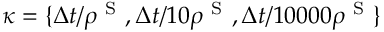
\kappa = \{ \Delta t / \rho ^ { \mathrm { ~ S ~ } } , \Delta t / 1 0 \rho ^ { \mathrm { ~ S ~ } } , \Delta t / 1 0 0 0 0 \rho ^ { \mathrm { ~ S ~ } } \}